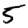
Digit: 5